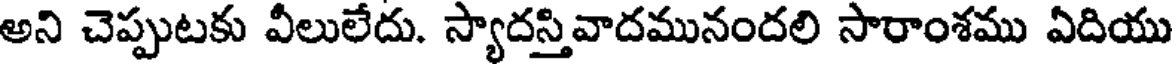
అని చెప్పుటకు వీలులేదు. స్యాదస్తివాదమునందలి సారాంశము ఏదియు